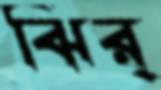
ঝির্